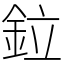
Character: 鉝